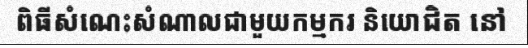
ពិធីសំណេះសំណាលជាមួយកម្មករ និយោជិត នៅ